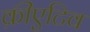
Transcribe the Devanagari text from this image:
क्रीएटिव